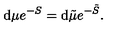
\mathrm { d } \mu e ^ { - S } = \mathrm { d } { \tilde { \mu } } e ^ { - { \tilde { S } } } .